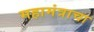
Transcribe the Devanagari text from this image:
महामंत्राचा